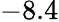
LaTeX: -8.4